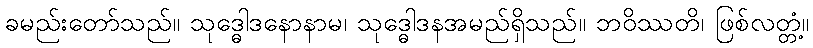
ခမည်းတော်သည်။ သုဒ္ဓေါဒနောနာမ၊ သုဒ္ဓေါဒနအမည်ရှိသည်။ ဘဝိဿတိ၊ ဖြစ်လတ္တံ့။